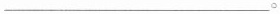
___。